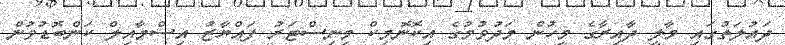
ދައުލަތުގައި މާލީ ދާއިރާގެ މީހުން މަދުވުމުގެ އިކޮނޮމިކް މިނިސްޓަރު ފައްޔާޒު އިސްމާއިލް ކަންބޮޑުވުން